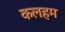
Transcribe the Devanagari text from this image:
कलहम